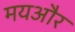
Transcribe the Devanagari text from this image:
मयऔर